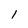
Character: 1